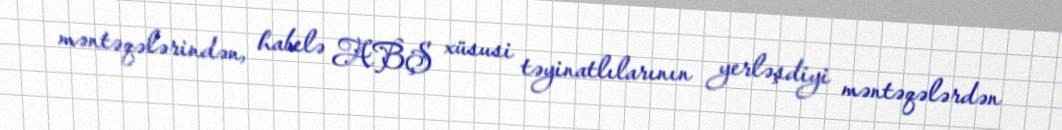
məntəqələrindən, habelə ABŞ xüsusi təyinatlılarının yerləşdiyi məntəqələrdən